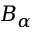
B _ { \alpha }